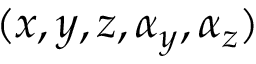
( x , y , z , \alpha _ { y } , \alpha _ { z } )